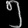
Digit: ၅